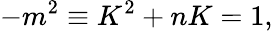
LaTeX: -m^{2}\equiv K^{2}+nK=1,